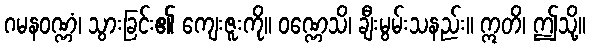
ဂမနဝဏ္ဏံ၊ သွားခြင်း၏ ကျေးဇူးကို။ ဝဏ္ဏေသိ၊ ချီးမွမ်းသနည်း။ ဣတိ၊ ဤသို့။